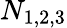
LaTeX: N_{1,2,3}